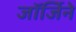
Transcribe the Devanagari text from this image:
जॉर्जिने